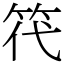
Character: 笩